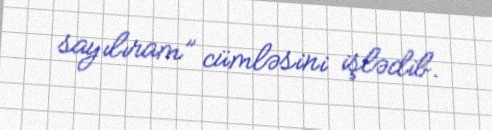
sayılıram” cümləsini işlədib.